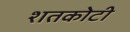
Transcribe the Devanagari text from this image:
शतकोटी